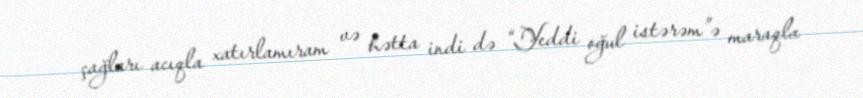
çağları acıqla xatırlamıram və hətta indi də “Yeddi oğul istərəm”ə maraqla